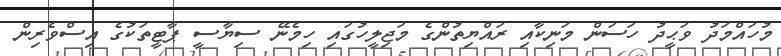
މުހައްމަދު ވަޙީދު ހަސަން މަނިކާއި ރައްޔިތުންގެ މަޖިލީހުގައި ހިމެނޭ ސިޔާސީ ޕާޓީތަކުގެ އިސްވެރިން